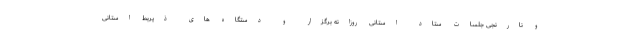
و نارنجی جلسات ستاد استانی روزانه برگزار و دستگاه های ذیربط استانی